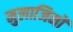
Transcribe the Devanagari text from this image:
मुलाजिमों